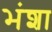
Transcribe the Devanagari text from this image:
भंशा